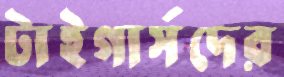
টাইগার্সদের